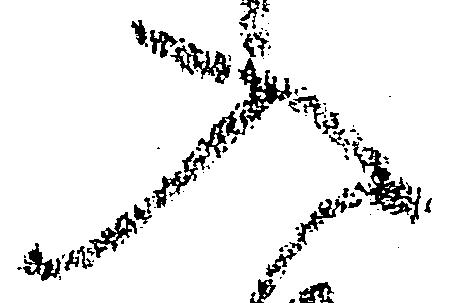
入